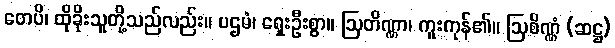
တေပိ၊ ထိုခိုးသူတို့သည်လည်း။ ပဌမံ၊ ရှေးဦးစွာ။ ဩတိဏ္ဏာ၊ ကူးကုန်၏။ ဩစိဏ္ဏံ (ဆဋ္ဌ)